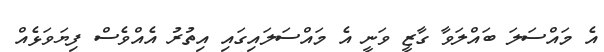
އެ މައްސަލަ ބައްލަވާ ގާޒީ ވަނީ އެ މައްސަލައިގައި އިތުރު އެއްވެސް ފިޔަވަޅެއް